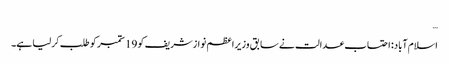
…
اسلام آباد: احتساب عدالت نے سابق وزیراعظم نوازشریف کو 19 ستمبر کو طلب کرلیا ہے۔